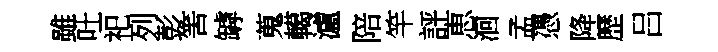
雖吐祀列彭筈罅蒐轕瀘陪竿評恵洄孟憑降歷吕